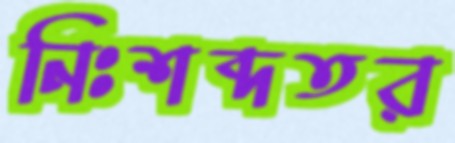
নিঃশব্দতর